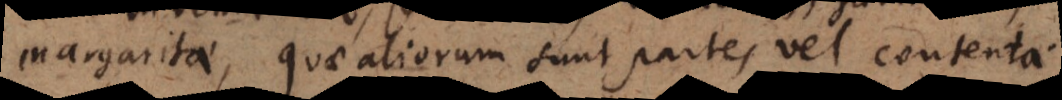
margaritae, quae aliorum sunt partes vel contenta.